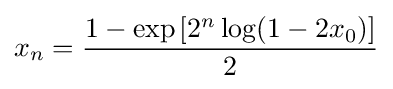
{\displaystyle x_{n}={\frac {1-\exp \left[2^{n}\log(1-2x_{0})\right]}{2}}}